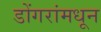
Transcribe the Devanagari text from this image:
डोंगरांमधून